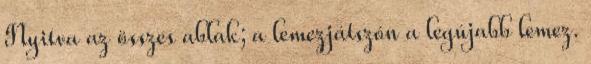
Nyitva az összes ablak; a lemezjátszón a legújabb lemez.